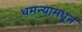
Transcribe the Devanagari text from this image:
धमन्यामधून